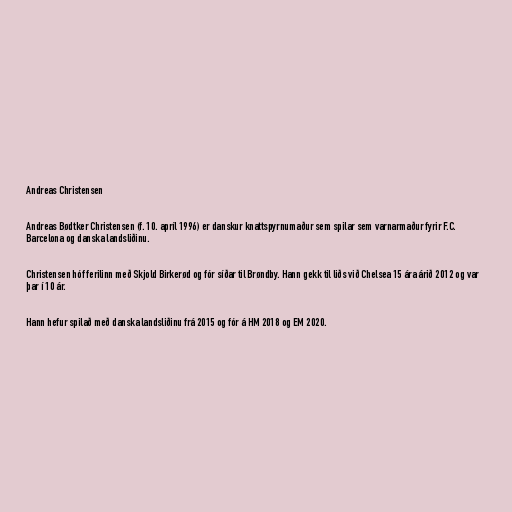
Andreas Christensen

Andreas Bødtker Christensen (f. 10. apríl 1996) er danskur knattspyrnumaður sem spilar sem varnarmaður fyrir F.C.
Barcelona og danska landsliðinu.

Christensen hóf ferilinn með Skjold Birkerød og fór síðar til Brøndby. Hann gekk til liðs við Chelsea 15 ára árið 2012 og var
þar í 10 ár.

Hann hefur spilað með danska landsliðinu frá 2015 og fór á HM 2018 og EM 2020.